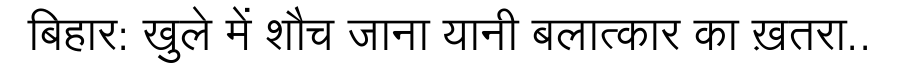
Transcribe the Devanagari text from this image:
बिहार: खुले में शौच जाना यानी बलात्कार का ख़तरा..